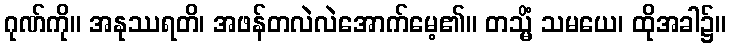
ဂုဏ်ကို။ အနုဿရတိ၊ အဖန်တလဲလဲအောက်မေ့၏။ တသ္မိံ သမယေ၊ ထိုအခါ၌။